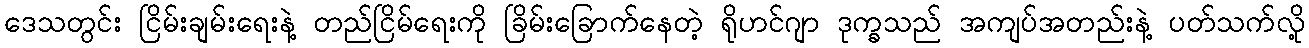
ဒေသတွင်း ငြိမ်းချမ်းရေးနဲ့ တည်ငြိမ်ရေးကို ခြိမ်းခြောက်နေတဲ့ ရိုဟင်ဂျာ ဒုက္ခသည် အကျပ်အတည်းနဲ့ ပတ်သက်လို့